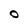
Character: O